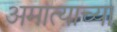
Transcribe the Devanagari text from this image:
अमात्याच्या